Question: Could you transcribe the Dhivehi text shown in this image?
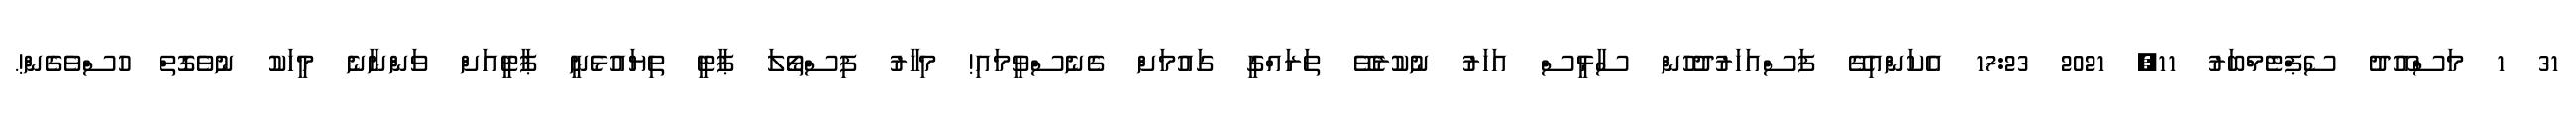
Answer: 31 1 މަސްއޫދު ސެޕްޓެމްބަރު 11, 2021 17:23 އެކަންއިގޭ ފަސްއަހަރުދުހުން ސާޅީސް އަހަރު ނުކުރެވޭ ތަރައްގީ ގައުމަށް ގެނެސްވީމައި! މިހާރު ފިސްތޯލަ ޕާޓީ ތިޔައުޅެނީ ޕާޓީއަށް ވަންނާނެ މީހަކު ނުވެގޮތް ހުސްވެގެން!.